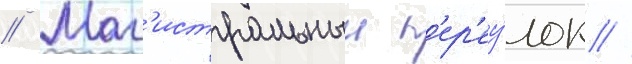
// Маг'истральныи п'ер'еу́лок //